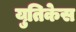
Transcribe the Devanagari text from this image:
युतिकेस